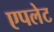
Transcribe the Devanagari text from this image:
एपलेट